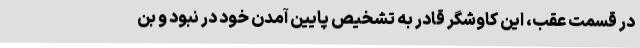
در قسمت عقب، این کاوشگر قادر به تشخیص پایین آمدن خود در نبود و بن